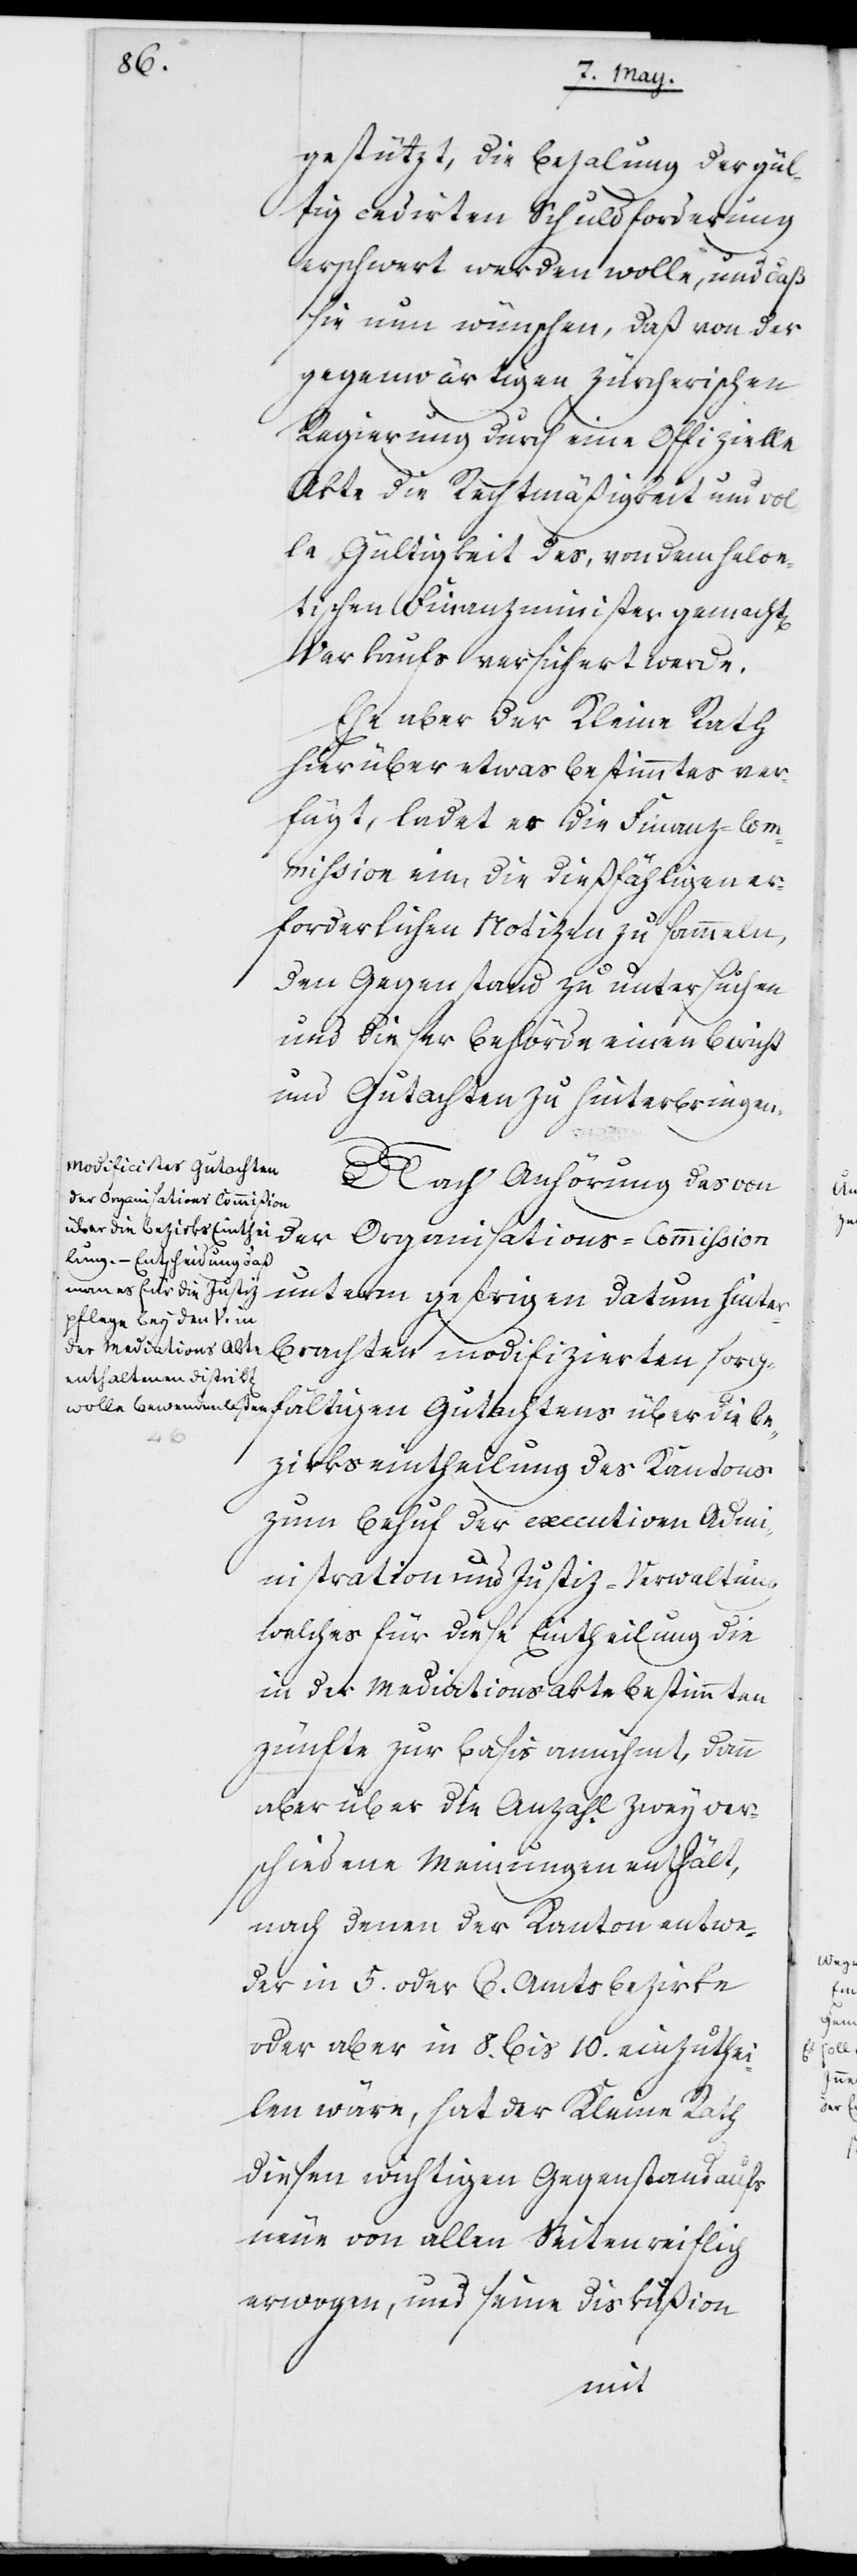
gestützt, die Bezalung der gül¬
tig cedierten Schuldforderung
erschwert werden wolle, und daß
sie nun wünschen, daß von der
gegenwärtigen Zürcherischen
Regierung durch eine Offizielle
Akte die Rechtmäßigkeit und vol¬
le Gültigkeit des, von dem helve¬
tischen Finanzminister gemachten
Verkaufs versichert werde.
Ehe aber der Kleine Rath
hier über etwas Bestimmtes ver¬
fügt, ladet er die Finanz-Com¬
mißion ein, die dießfähligen er¬
forderlichen Notizen zu sammeln,
den Gegenstand zu untersuchen
und dieser Behörde einen Bericht
und Gutachten zu hinterbringen.
Nach Anhörung des von
der Organisations-Commißion
gestrigen Datum hinterbrachten modifizierten sorg¬
fältigen Gutachtens über die Be¬
zirkseintheilung des Kantons
zum Behuf der executiven Adm¬
inistration und Justiz-Verwaltung
welches für diese Eintheilung die
in der Mediationsakte bestimmten
Zünfte zur Basis annihmt, dann
aber über die Anzahl zwey ver¬
schiedene Meinungen enthält,
nach denen der Kanton entwe¬
der in 5. oder 6. Amtsbezirke
oder aber in 8. bis 10. einzuthei¬
len wäre, hat der Kleine Rath
diesen wichtigen Gegenstand aufs
neue von allen Seiten reiflich
erwogen, und seine Diskußion